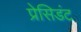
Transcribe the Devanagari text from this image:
प्रेसिडंट